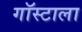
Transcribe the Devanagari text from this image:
गॉस्टाला